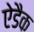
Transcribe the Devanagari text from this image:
ऐडैक